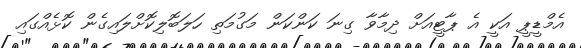
އެމްޑީޕީ އަކީ އެ ޕާޓީއަށް ދިމާވާ ގިނަ ކަންކަން މަގުމަތި ހަލަބޮލިކޮށްލައިގެން ކޮޅެއްގައި